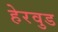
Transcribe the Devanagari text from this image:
हेरवुड